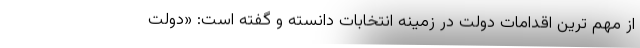
از مهم ترین اقدامات دولت در زمینه انتخابات دانسته و گفته است: «دولت